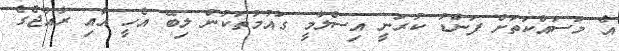
އެ މަަސައްކަތަށް ފަންޑު ކުރަނީ އިސްލާމީ ގައުމުތަކުން ލިބޭ އެހީ އާއި ރާއްޖެގެ